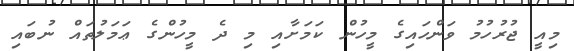
މިއީ ޖުރުހުމު ވަންހައިގެ މީހުން ކަމަށާއި މި ދެ މީހުންގެ ޢަމަލުތައް ނުބައި